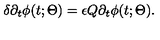
\delta \partial _ { t } \phi ( t ; \Theta ) = \epsilon Q \partial _ { t } \phi ( t ; \Theta ) .